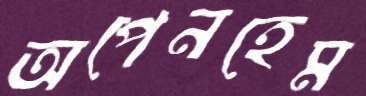
অপেনহেম